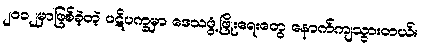
၂၀၁၂မှာဖြစ်ခဲ့တဲ့ ပဋိပက္ခမှာ ဒေသဖွံ့ဖြိုးရေးတွေ နောက်ကျသွားတယ်။